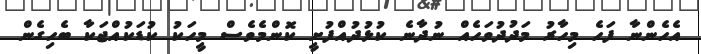
އެހެންނާ ފަހެ މިހާރު މަދުދުވަހެއް ނުދާނެ ކުޅުދުއްފުށީ ކޮންމެވެސް މީހަކު ކުޑަކުއްޖަކާ ބެހިގެން